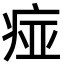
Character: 痖